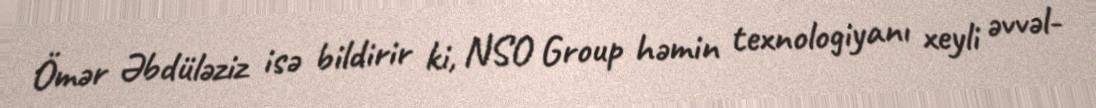
Ömər Əbdüləziz isə bildirir ki, NSO Group həmin texnologiyanı xeyli əvvəl-